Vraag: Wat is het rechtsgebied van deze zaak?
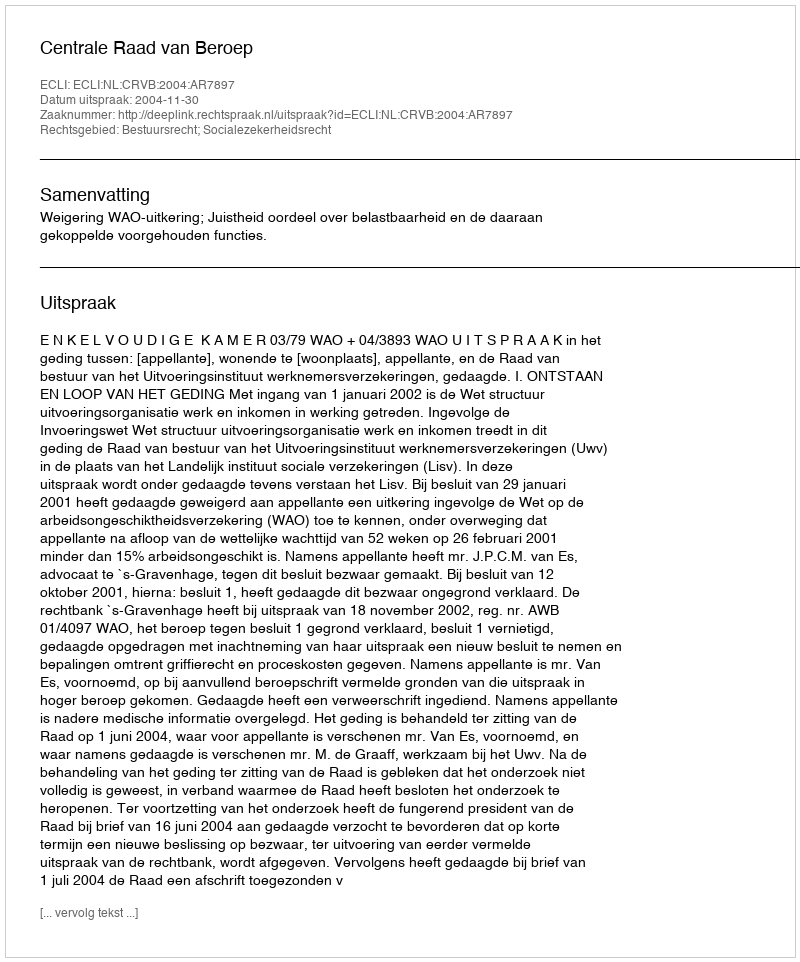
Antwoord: Bestuursrecht; Socialezekerheidsrecht